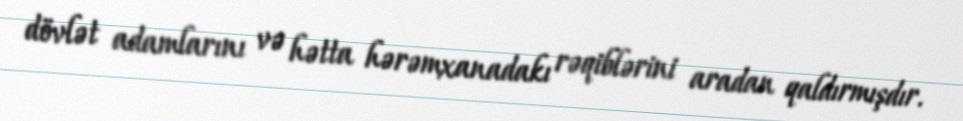
dövlət adamlarını və hətta hərəmxanadakı rəqiblərini aradan qaldırmışdır.